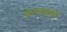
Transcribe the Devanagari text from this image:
केल्यामुळेही